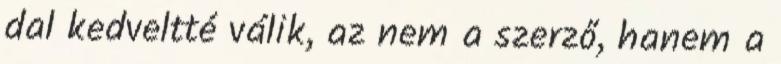
dal kedveltté válik, az nem a szerző, hanem a